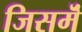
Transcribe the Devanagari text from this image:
जिसमॆं